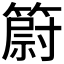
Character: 𥳀